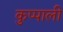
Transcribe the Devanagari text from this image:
कुप्पाली